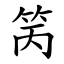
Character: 䇤